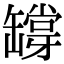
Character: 𦉘